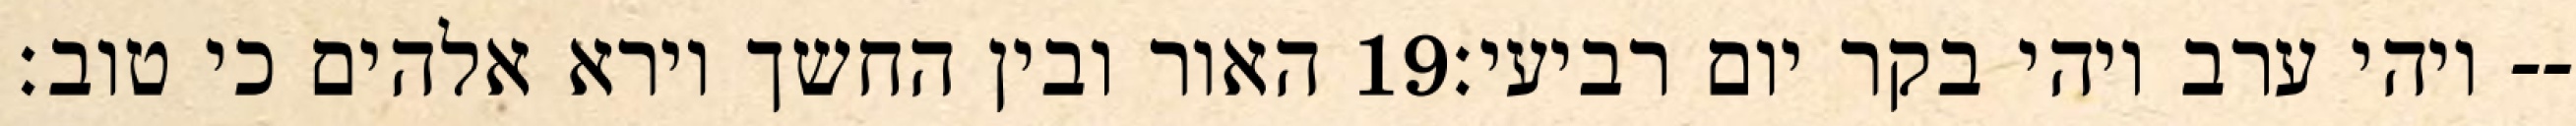
האור ובין החשך וירא אלהים כי טוב׃ ‎19‏ ויהי ערב ויהי בקר יום רביעי׃--